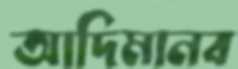
আদিমানব